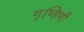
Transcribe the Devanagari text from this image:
गृष्हिणी